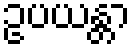
ဥပယန္တာ